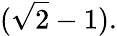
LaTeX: ({\sqrt{2}}-1).